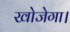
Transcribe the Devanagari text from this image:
खोजेगा।